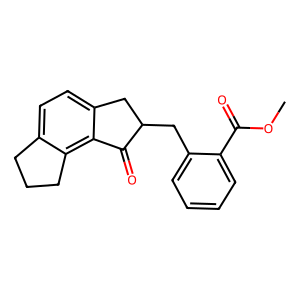
SMILES: COC(=O)c1ccccc1CC1Cc2ccc3c(c2C1=O)CCC3
Inhibits HIV replication: No